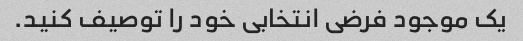
یک موجود فرضی انتخابی خود را توصیف کنید.